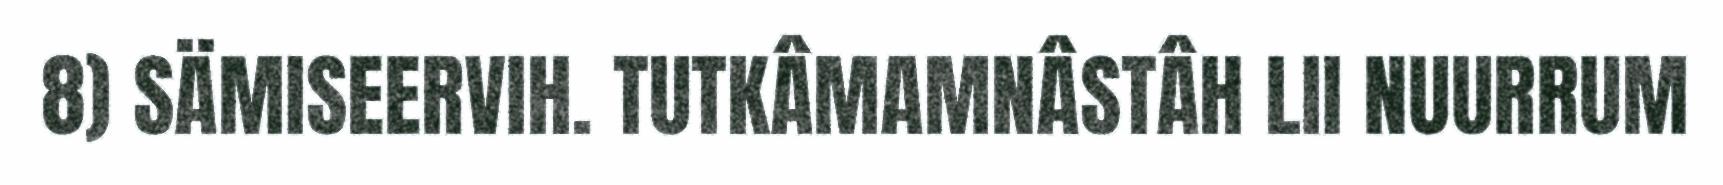
8) SÄMISEERVIH. TUTKÂMAMNÂSTÂH LII NUURRUM